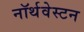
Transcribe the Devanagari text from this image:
नॉर्थवेस्टन